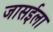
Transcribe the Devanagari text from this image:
जासईला